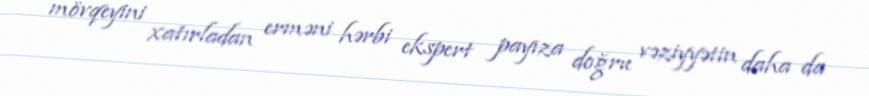
mövqeyini xatırladan erməni hərbi ekspert payıza doğru vəziyyətin daha da